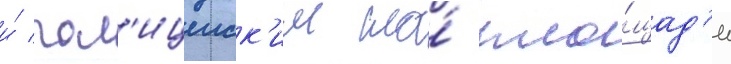
и́ пол'ицеиск'им на́ пло́щад'и